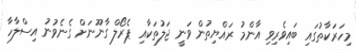
މިހަރަކާތުގައި ބައިވެރިވި އާންމު ރައްޔިތުން ވަނީ ޖަލުތަކާއި ޕެރޯލް ގާނޫނަށް ގެނެވުނު އިސްލާހާ